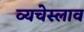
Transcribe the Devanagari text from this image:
व्यचेस्लाव